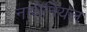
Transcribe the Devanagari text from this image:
नाथेनियल